Source: Handwritten
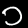
Digit: ၁ (1)